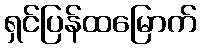
ရှင်ပြန်ထမြောက်